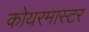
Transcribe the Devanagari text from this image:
कोयरमास्टर